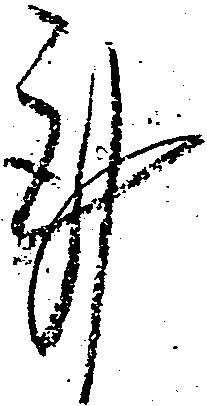
謹